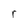
Character: r